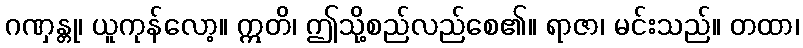
ဂဏှန္တု၊ ယူကုန်လော့။ ဣတိ၊ ဤသို့စည်လည်စေ၏။ ရာဇာ၊ မင်းသည်။ တထာ၊